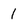
Character: 1